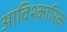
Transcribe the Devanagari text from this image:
आविश्कारिक